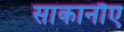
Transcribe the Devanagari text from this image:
साकानौए